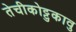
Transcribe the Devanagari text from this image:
तेचीकोट्टुकावु